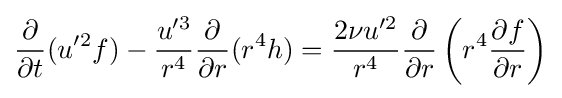
{\frac {\partial }{\partial t}}(u'^{2}f)-{\frac {u'^{3}}{r^{4}}}{\frac {\partial }{\partial r}}(r^{4}h)={\frac {2\nu u'^{2}}{r^{4}}}{\frac {\partial }{\partial r}}\left(r^{4}{\frac {\partial f}{\partial r}}\right)